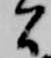
間